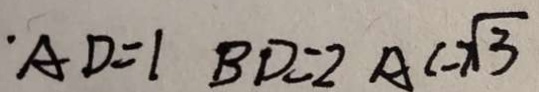
A D = 1 B D = 2 A C - \sqrt { 3 }